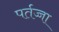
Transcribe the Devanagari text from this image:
पर्तज्जा